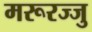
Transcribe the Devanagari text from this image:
मरूरज्जु